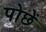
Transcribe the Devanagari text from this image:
पोछें